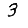
Digit: 3